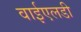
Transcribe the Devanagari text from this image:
वाईएलडी